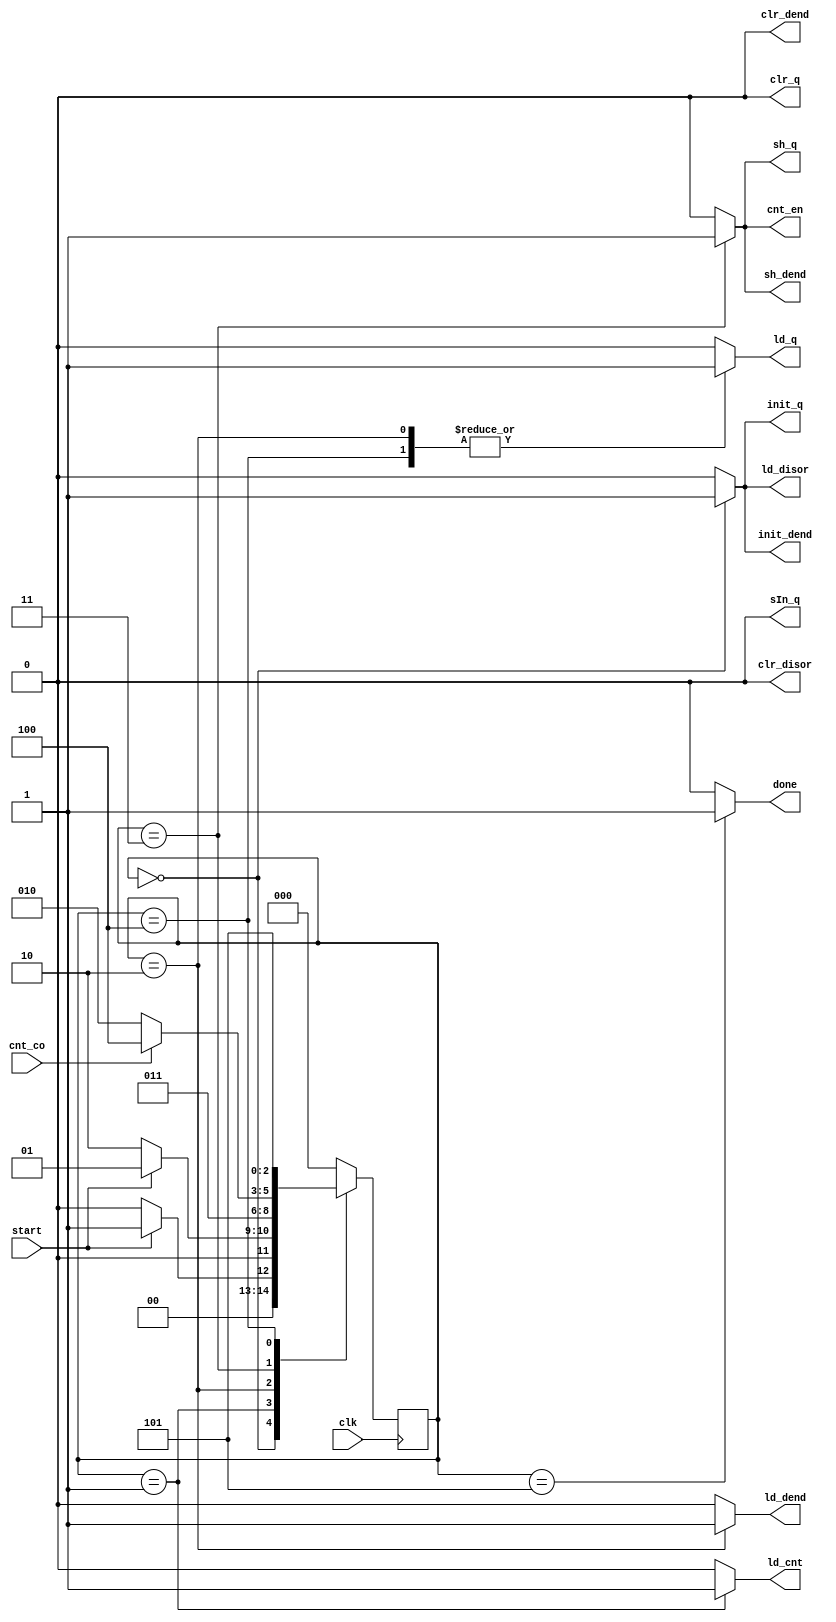
`timescale 1ns/1ns

`define Start 3'b000
`define Init 3'b001
`define Sub 3'b010
`define Shift 3'b011
`define Check 3'b100
`define End 3'b101

module controller(input clk, cnt_co, start,
        output reg init_dend, clr_dend, ld_dend, sh_dend, init_q, clr_q, ld_q, sh_q, sIn_q, clr_disor, ld_disor, ld_cnt, cnt_en, done);

	reg[2:0] ps, ns;

	always @(ps, cnt_co, start) begin
		ns <= `Start;
		case (ps)
			`Start:
				ns <= start ? `Init : `Start;
			`Init:
				ns <= start ? `Init : `Sub;
			`Sub:
				ns <= `Shift;
			`Shift:
				ns <= cnt_co ? `Check : `Sub;
			`Check:
				ns <= `End;
			`End:
				ns <= `Start;
		endcase
	end

	always @(ps, cnt_co, start) begin
		{init_dend, clr_dend ,ld_dend, sh_dend, init_q, clr_q, ld_q, sh_q, sIn_q, clr_disor, ld_disor, ld_cnt, cnt_en, done} = 14'b00000000000000;

		case (ps)
			`Start:begin
				done <= 1'b0;
				init_dend <= 1'b1;
				ld_disor <=1'b1;
				init_q <= 1'b1;
			end
			`Init:begin
				ld_cnt <= 1'b1;
			end
			`Sub:begin
				ld_dend <= 1'b1;
				ld_q <= 1'b1;
			end
			`Shift:begin
				sh_dend <= 1'b1;
				sh_q <= 1'b1;
				cnt_en <= 1'b1;
			end
			`Check:
				ld_q <= 1'b1;
			`End:
				done <= 1'b1;
		endcase
	end

	always @(posedge clk) begin
		ps <= ns;
	end

endmodule